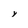
Character: Y